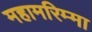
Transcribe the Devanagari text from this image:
महामरिम्मा